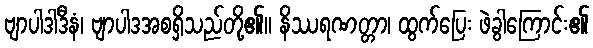
ဗျာပါဒါဒီနံ၊ ဗျာပါဒအစရှိသည်တို့၏။ နိဿရဏတ္တာ၊ ထွက်ပြေး ဖဲခွါကြောင်း၏